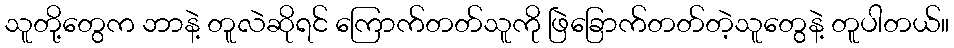
သူတို့တွေက ဘာနဲ့ တူလဲဆိုရင် ကြောက်တတ်သူကို ဖြဲခြောက်တတ်တဲ့သူတွေနဲ့ တူပါတယ်။